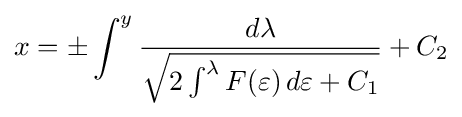
x=\pm \int ^{y}{\frac {d\lambda }{\sqrt {2\int ^{\lambda }F(\varepsilon )\,d\varepsilon +C_{1}}}}+C_{2}